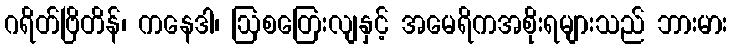
ဂရိတ်ဗြိတိန်၊ ကနေဒါ၊ ဩစတြေးလျနှင့် အမေရိကအစိုးရများသည် ဘားမား